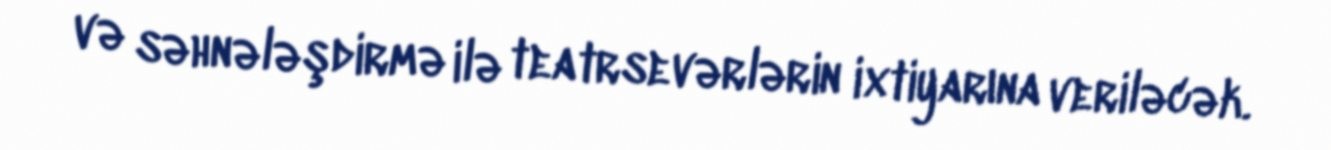
və səhnələşdirmə ilə teatrsevərlərin ixtiyarına veriləcək.